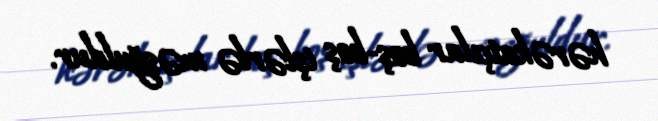
hərəkatçılar boş-boş işlərlə məşğuldur.